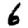
Digit: 6